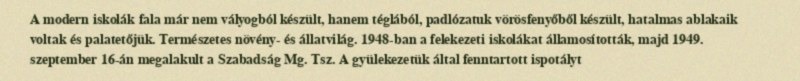
A modern iskolák fala már nem vályogból készült, hanem téglából, padlózatuk vörösfenyőből készült, hatalmas ablakaik voltak és palatetőjük. Természetes növény- és állatvilág. 1948-ban a felekezeti iskolákat államosították, majd 1949. szeptember 16-án megalakult a Szabadság Mg. Tsz. A gyülekezetük által fenntartott ispotályt